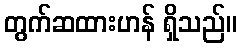
တွက်ဆထားဟန် ရှိသည်။